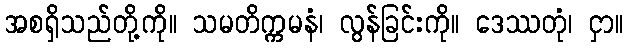
အစရှိသည်တို့ကို။ သမတိက္ကမနံ၊ လွန်ခြင်းကို။ ဒေဿတုံ၊ ငှာ။